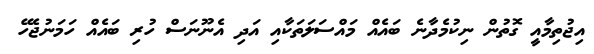
އިޖުތިމާއީ ގޮތުން ނިކުމެދާނެ ބައެއް މައްސަލަތަކާއި އަދި އެނޫނަސް ހުރި ބައެއް ހަމަނުޖެހޭ